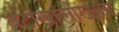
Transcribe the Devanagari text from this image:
बेटांखालोखाल